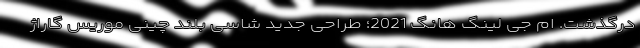
درگذشت. ام جی لینگ هانگ 2021؛ طراحی جدید شاسی بلند چینی موریس گاراژ